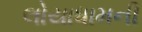
લોયાધામની